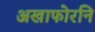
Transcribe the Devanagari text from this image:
अखाफोरनि